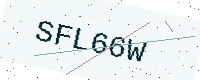
Text: SFL66W